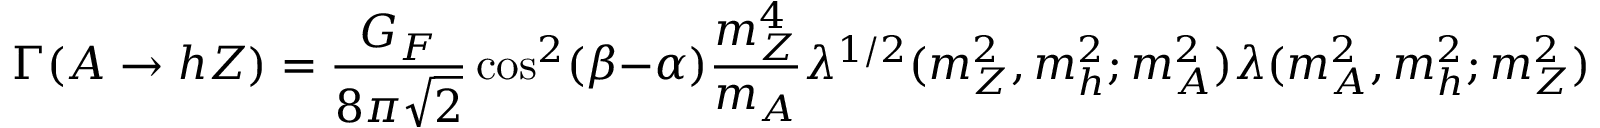
\Gamma ( A \rightarrow h Z ) = \frac { G _ { F } } { 8 \pi \sqrt 2 } \cos ^ { 2 } ( \beta - \alpha ) \frac { m _ { Z } ^ { 4 } } { m _ { A } } \lambda ^ { 1 / 2 } ( m _ { Z } ^ { 2 } , m _ { h } ^ { 2 } ; m _ { A } ^ { 2 } ) \lambda ( m _ { A } ^ { 2 } , m _ { h } ^ { 2 } ; m _ { Z } ^ { 2 } ) ,